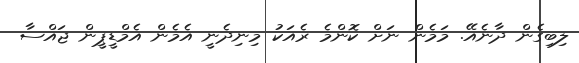
ލިބިގެން ދާނެއޭ. މަމެން ނަށް ކޮންމެ ރެއަކު މިނިދެނީ އެމެން އެމްޑީޕީން ޖައްސާ